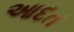
આદત